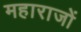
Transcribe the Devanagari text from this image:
महाराजों